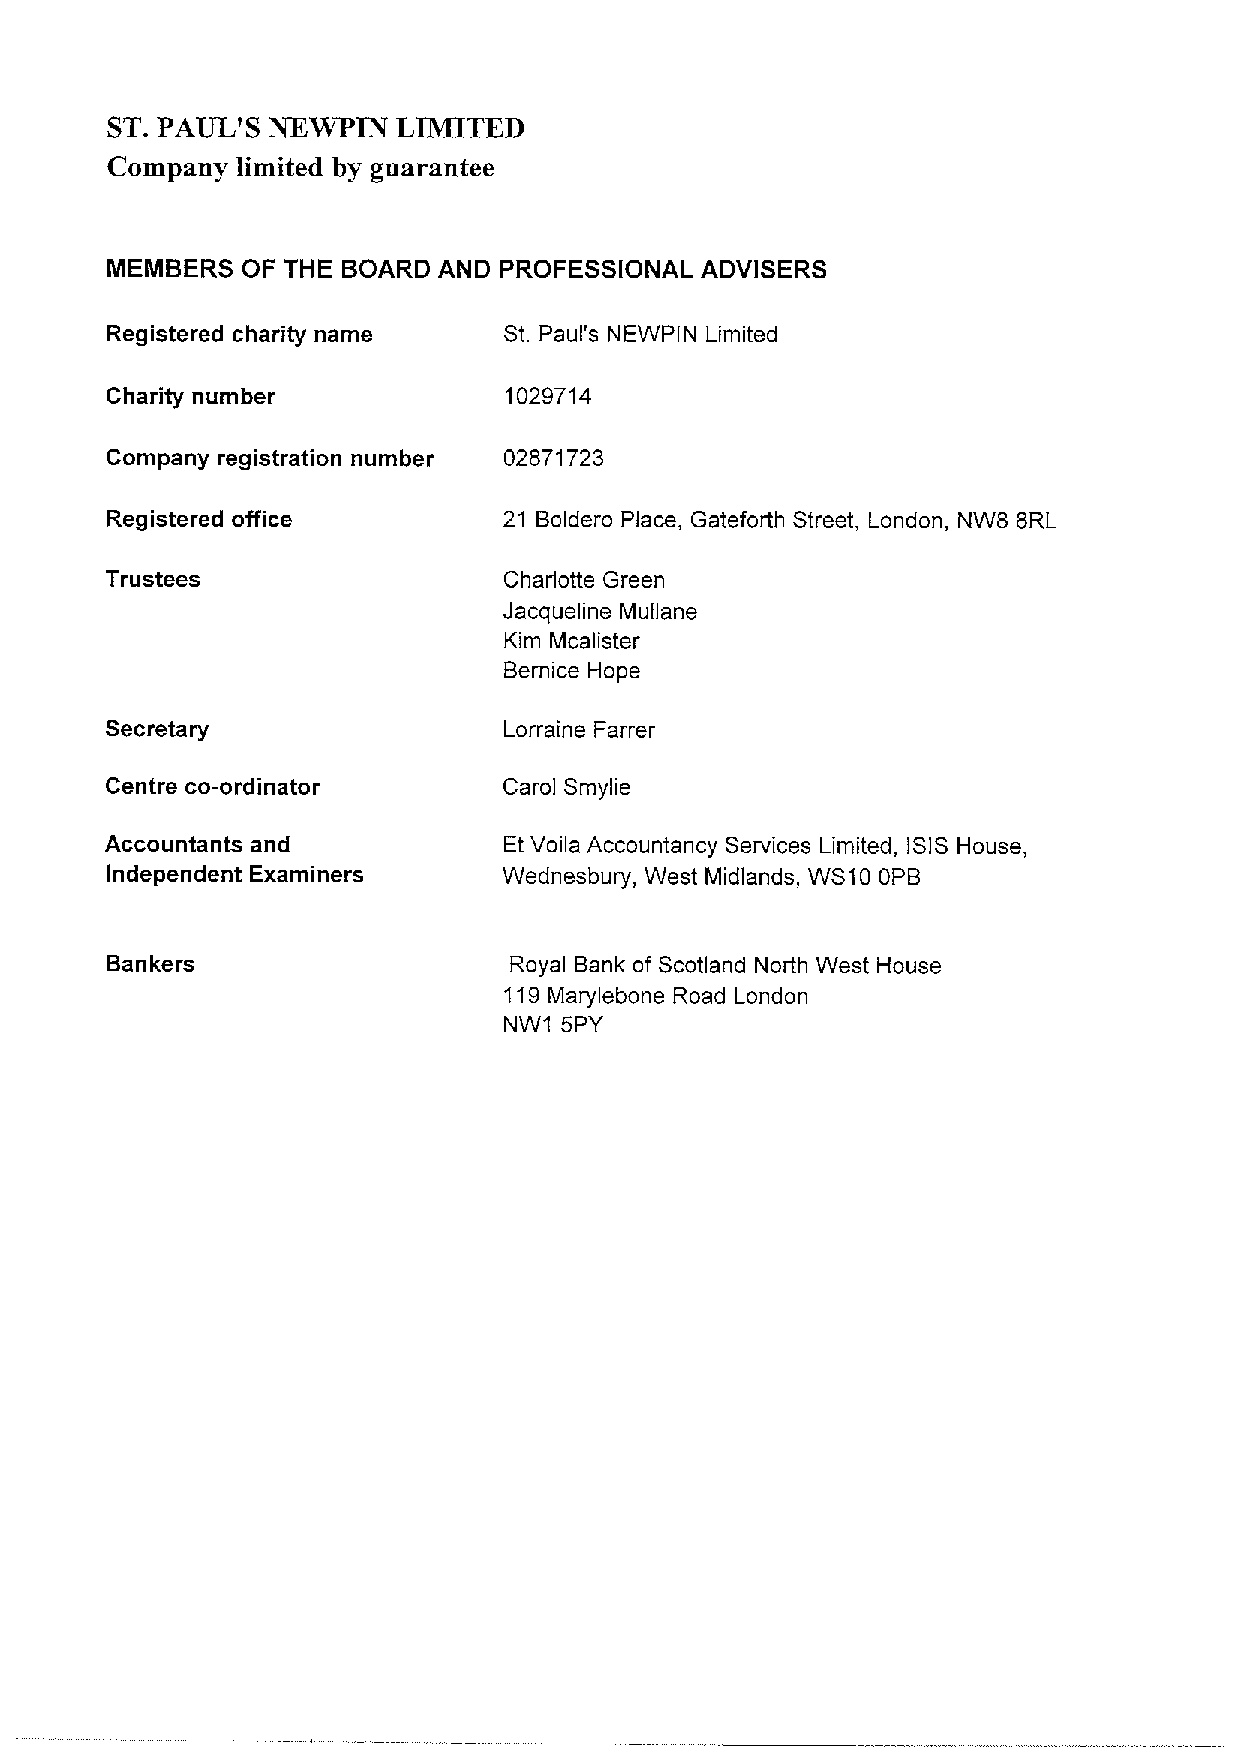
ST.PAUL'S  NEWPIN  LIMITED
 Company  limited by guarantee
 MEMBERS  OF THE BOARD AND PROFESSIONAL ADVISERS
 Registered charity name   St. Paul's NEWPIN Limited
 Charity number            1029714
 Company registration number 02871723
 Registered office         21 Boldero Place, Gateforth Street, London, NW8 8RL
 Trustees                  Charlotte Green
 Jacqueline Mullane
 Kim Mcalister
 Bernice Hope
 Secretary                 Lorraine Farrer
 Centre co-ordinator       Carol Smylie
 Accountants and           Et Voila Accountancy Services Limited, ISIS House,
 Independent Examiners     Wednesbury, West Midlands, WS10 OPB
 Bankers                    Royal Bank of Scotland North West House
 119Marylebone Road London
 NW1 5PY